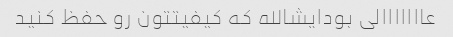
عااااااالی بودایشالله که کیفیتتون رو حفظ کنید